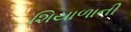
શિયાળાની